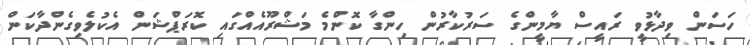
ހަސަން ވިދާޅުވީ ރައީސް ޔާމީންގެ ސަރުކާރުން ހިންގާ ކޮންމެ މަޝްރޫއެއްގައި ކޮރަޕްޝަން އެކުލެވިގެންދާކަން